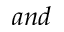
a n d